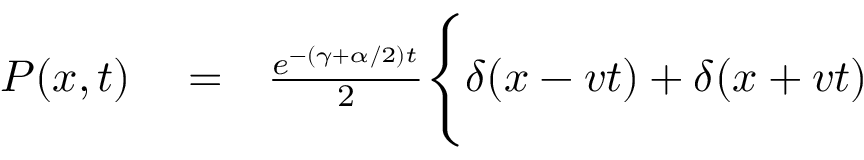
\begin{array} { r l r } { P ( x , t ) } & { { } = } & { \frac { e ^ { - ( \gamma + \alpha / 2 ) t } } { 2 } \Biggl \{ \delta ( x - v t ) + \delta ( x + v t ) \Biggr . } \end{array}